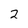
Character: 2